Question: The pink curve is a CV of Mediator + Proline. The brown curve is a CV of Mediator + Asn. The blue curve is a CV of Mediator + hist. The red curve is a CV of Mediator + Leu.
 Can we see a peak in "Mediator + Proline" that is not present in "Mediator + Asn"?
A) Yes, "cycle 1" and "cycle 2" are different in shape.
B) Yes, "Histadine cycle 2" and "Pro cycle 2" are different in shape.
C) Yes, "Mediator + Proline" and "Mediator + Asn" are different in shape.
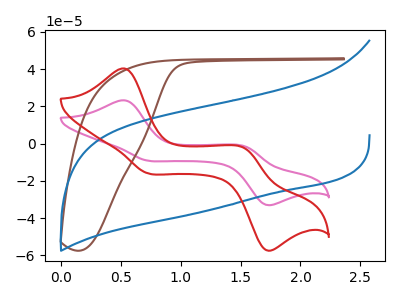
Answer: <think>The pink curve "Mediator + Proline" has anodic peaks at (0.55V, 23.20uA) (1.55V, -1.45uA) and cathodic peaks at (0.70V, -9.15uA) (1.70V, -32.90uA). The brown curve "Mediator + Asn" has no peaks. The blue curve "Mediator + hist" has no peaks. The red curve "Mediator + Leu" has anodic peaks at (0.55V, 40.30uA) (1.55V, -2.55uA) and cathodic peaks at (0.70V, -15.85uA) (1.70V, -57.10uA).
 "Mediator + Proline" and "Mediator + Asn" have a different number of peaks.</think>
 <answer>C) Yes, "Mediator + Proline" and "Mediator + Asn" are different in shape.</answer>
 <eval>C</eval>